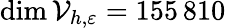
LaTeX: \dim\mathcal{V}_{h,\varepsilon}=155{\, }810